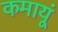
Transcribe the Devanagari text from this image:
कमायूं